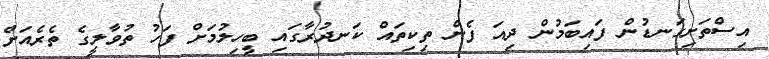
އިސްތަށިގަނޑުން ފައިބަމުން ދިއަ ފެން ތިކިތައް ކަނދުރާގައި ބީހިލުމަށް ފަހު ތުވާލީގެ ތެރެއަށް